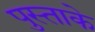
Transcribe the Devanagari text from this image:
पुस्ताके